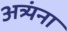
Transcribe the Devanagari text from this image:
अत्र्यंना